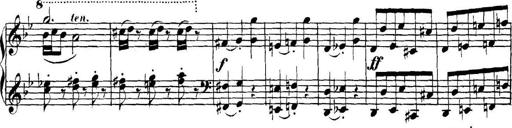
Title: Collected Piano Sonatas
Composer: Muzio Clementi